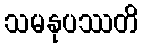
သမနုပဿတိ